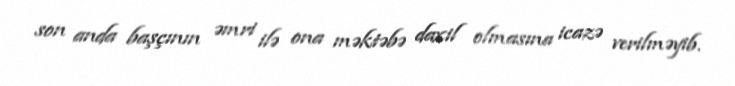
son anda başçının əmri ilə ona məktəbə daxil olmasına icazə verilməyib.